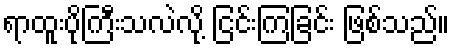
ရာထူးပိုကြီးသလဲလို့ ငြင်းကြခြင်း ဖြစ်သည်။